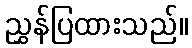
ညွှန်ပြထားသည်။